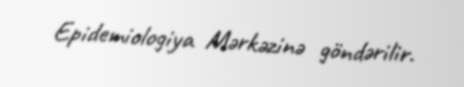
Epidemiologiya Mərkəzinə göndərilir.